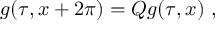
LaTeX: g ( \tau , x + 2 \pi ) = Q g ( \tau , x ) ~ ,